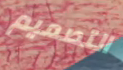
التصميم